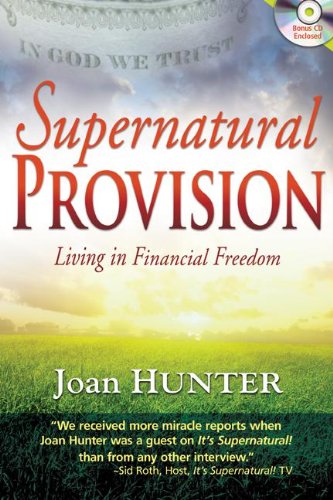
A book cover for Supernatural Provision: Living in Financial Freedom [With CDROM]; Joan Hunter; Christian Books & Bibles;